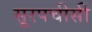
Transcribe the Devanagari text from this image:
सूरपचीसी